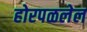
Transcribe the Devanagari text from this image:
होरपळलेल